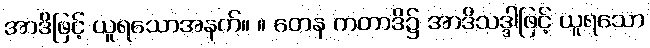
အာဒိဖြင့် ယူရသောအနက်။ ။ တေန ကတာဒိ၌ အာဒိသဒ္ဒါဖြင့် ယူရသော